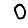
Digit: 0